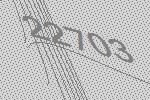
22703